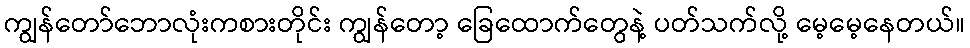
ကျွန်တော်ဘောလုံးကစားတိုင်း ကျွန်တော့ ခြေထောက်တွေနဲ့ ပတ်သက်လို့ မေ့မေ့နေတယ်။